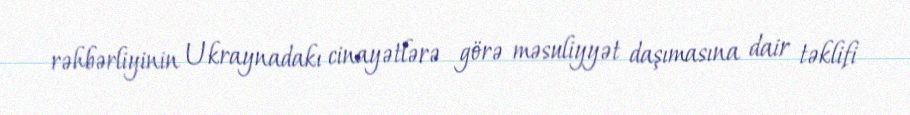
rəhbərliyinin Ukraynadakı cinayətlərə görə məsuliyyət daşımasına dair təklifi